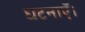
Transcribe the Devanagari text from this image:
घटनाएँ।